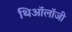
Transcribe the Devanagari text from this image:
थिऑलॉजी